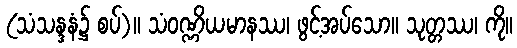
(သံသန္ဒနံ၌ စပ်)။ သံဝဏ္ဏိယမာနဿ၊ ဖွင့်အပ်သော။ သုတ္တဿ၊ ကို။